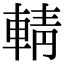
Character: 輤